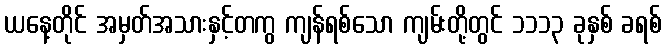
ယနေ့တိုင် အမှတ်အသားနှင့်တကွ ကျန်ရစ်သော ကျမ်းတို့တွင် ၁၁၁၃ ခုနှစ် ခရစ်